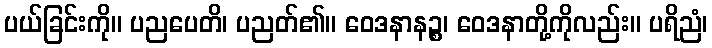
ပယ်ခြင်းကို။ ပညပေတိ၊ ပညတ်၏။ ဝေဒနာနဉ္စ၊ ဝေဒနာတို့ကိုလည်း။ ပရိညံ၊